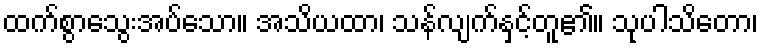
ထက်စွာသွေးအပ်သော။ အသိယထာ၊ သန်လျက်နှင့်တူ၏။ သုပါသိတော၊